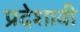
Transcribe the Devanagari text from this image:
प्रदेशावी